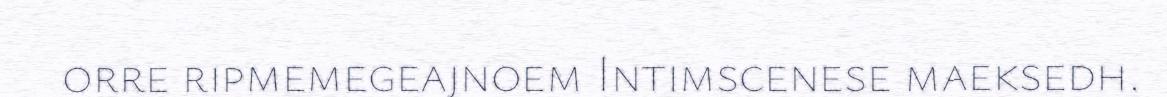
orre ripmemegeajnoem Intimscenese maeksedh.